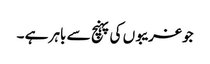
جو غریبوں کی پہنچ سے باہر ہے ۔